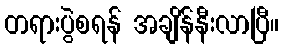
တရားပွဲစရန် အချိန်နီးလာပြီ။